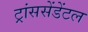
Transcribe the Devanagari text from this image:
ट्रांससेंडेंटल